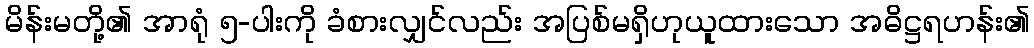
မိန်းမတို့၏ အာရုံ ၅-ပါးကို ခံစားလျှင်လည်း အပြစ်မရှိဟုယူထားသော အဓိဋ္ဌရဟန်း၏